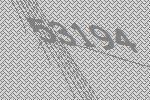
53194